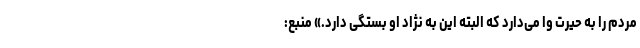
مردم را به حیرت وا می‌دارد که البته این به نژاد او بستگی دارد.» منبع: